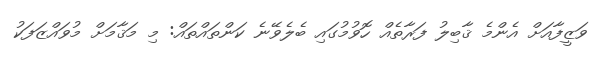
ވަޒީފާއަށް އެންމެ ޤާބިލު ފަރާތެއް ހޮވުމުގައި ބެލެވޭނެ ކަންތައްތައް: މި މަޤާމަށް މުވައްޒަފަކު